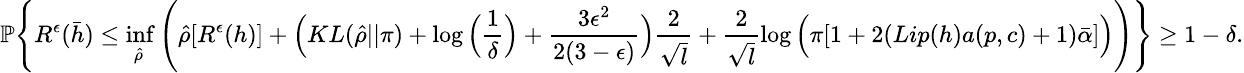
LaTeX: \small\mathbb{P}\Bigg\{ R^{\epsilon}(\bar{h})\leq\operatorname*{inf}_{\hat{\rho}}\Bigg(\hat{\rho}[R^{\epsilon}(h)]+\Big(KL(\hat{\rho}||\pi)+\log\Big(\frac{1}{\delta}\Big)+\frac{3\epsilon^{2}}{2(3-\epsilon)}\Big)\frac{2}{\sqrt{l}}+\frac{2}{\sqrt{l}}\log\Big(\pi[1+2(Lip(h)a(p,c)+1)\bar{\alpha}]\Big)\Bigg)\Bigg\} \geq 1-\delta.